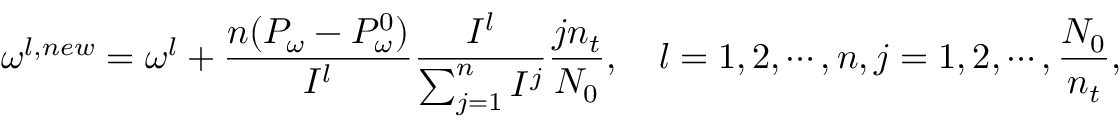
\omega ^ { l , n e w } = \omega ^ { l } + \frac { n ( P _ { \omega } - P _ { \omega } ^ { 0 } ) } { I ^ { l } } \frac { I ^ { l } } { \sum _ { j = 1 } ^ { n } I ^ { j } } \frac { j n _ { t } } { N _ { 0 } } , \quad l = 1 , 2 , \cdots , n , j = 1 , 2 , \cdots , \frac { N _ { 0 } } { n _ { t } } ,